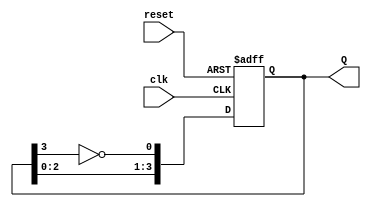
module johnson_counter (
    input wire clk,          // Clock input
    input wire reset,        // Reset input
    output reg [3:0] Q       // 4-bit output representing the counter state
);

// Sequential logic for the Johnson Counter
always @(posedge clk or posedge reset) begin
    if (reset) begin
        Q <= 4'b0000;        // Initialize to all zeros on reset
    end else begin
        Q[0] <= ~Q[3];       // Feedback from the last flip-flop (inverted)
        Q[1] <= Q[0];        // Shift the state
        Q[2] <= Q[1];        // Shift the state
        Q[3] <= Q[2];        // Shift the state
    end
end

endmodule